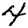
Digit: 4